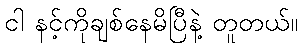
ငါ နင့်ကိုချစ်နေမိပြီနဲ့ တူတယ်။